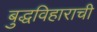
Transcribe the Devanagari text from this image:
बुद्धविहाराची